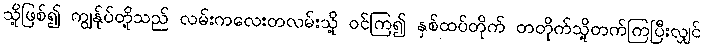
သို့ဖြစ်၍ ကျွန်ုပ်တို့သည် လမ်းကလေးတလမ်းသို့ ဝင်ကြ၍ နှစ်ထပ်တိုက် တတိုက်သို့တက်ကြပြီးလျှင်